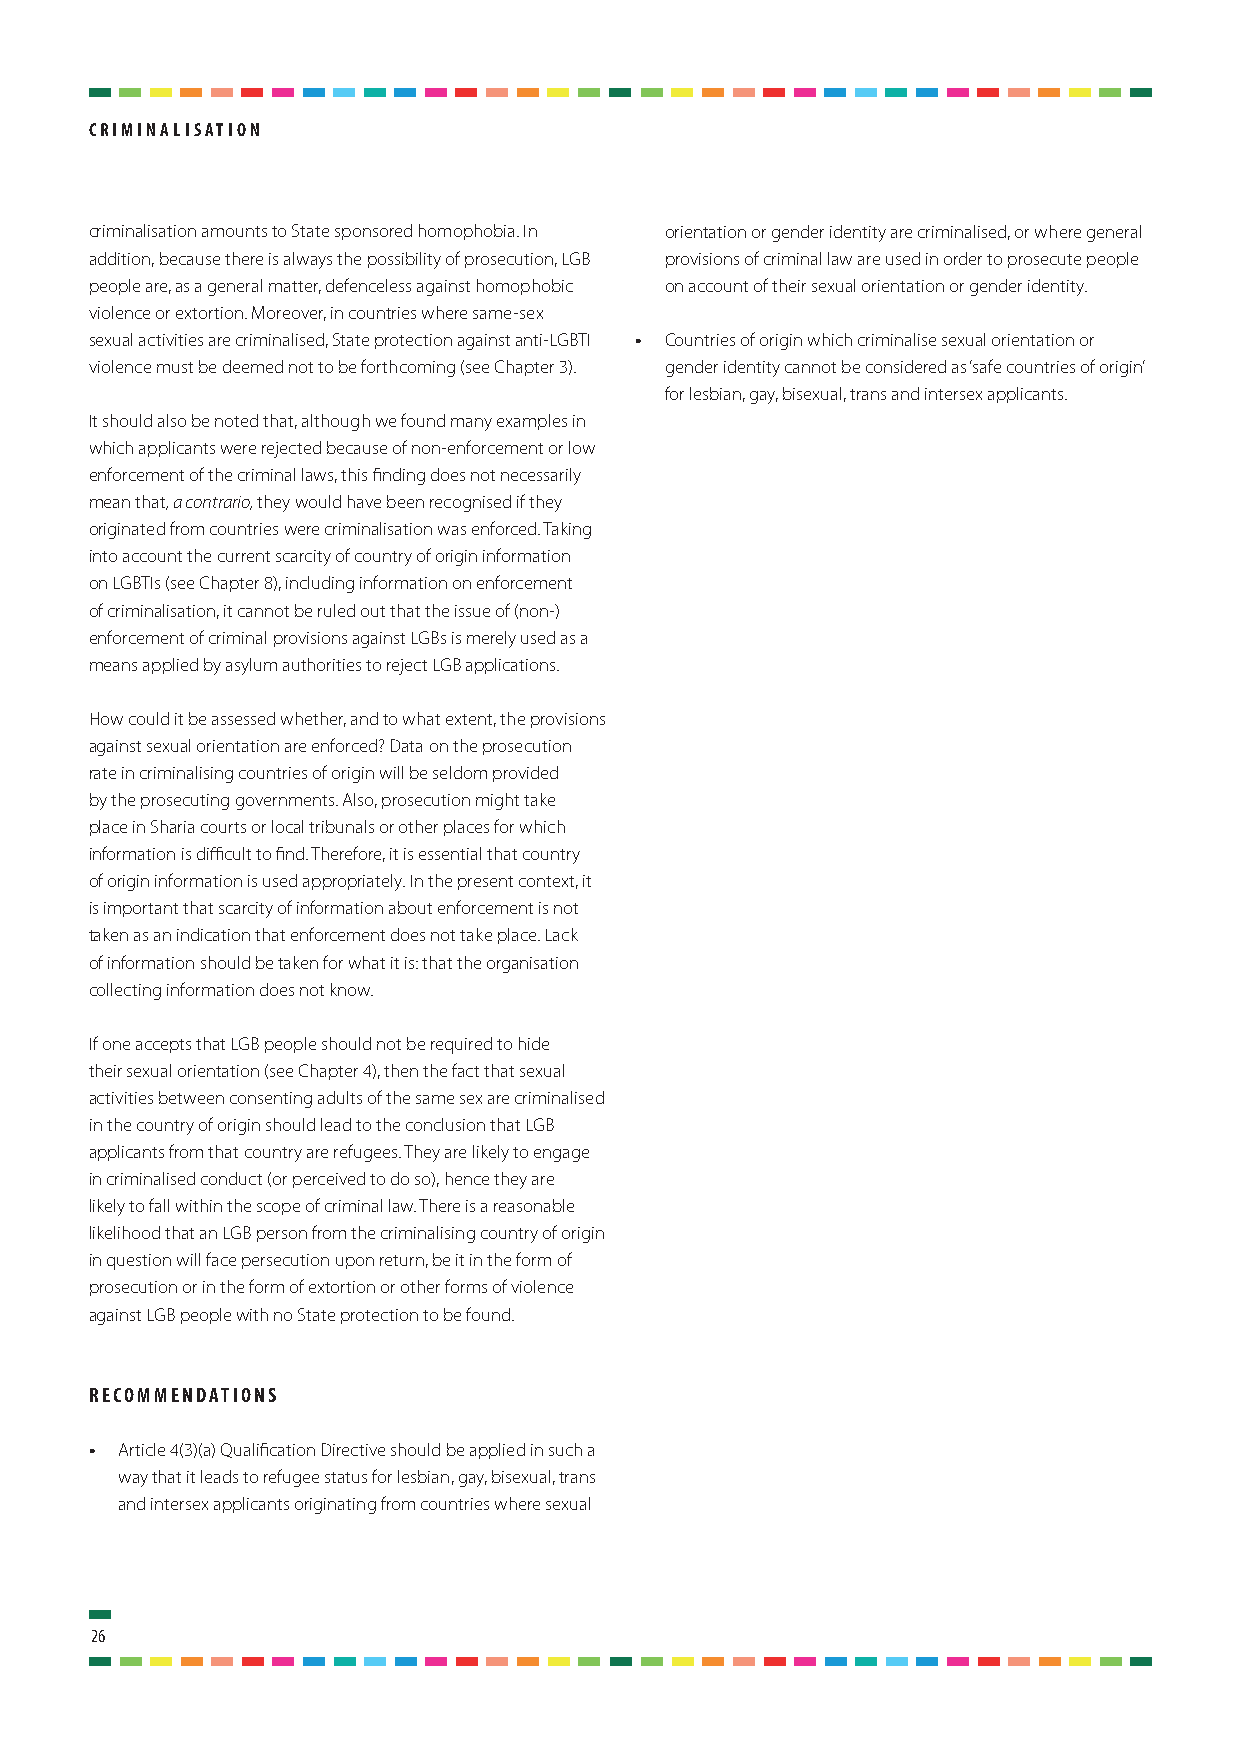
criminaliSation
 criminalisation amounts to State sponsored homophobia. In orientation or gender identity are criminalised, or where general
 addition, because there is always the possibility of prosecution, LGB provisions of criminal law are used in order to prosecute people
 people are, as a general matter, defenceless against homophobic on account of their sexual orientation or gender identity.
 violence or extortion. Moreover, in countries where same-sex
 sexual activities are criminalised, State protection against anti-LGBTI • Countries of origin which criminalise sexual orientation or
 violence must be deemed not to be forthcoming (see Chapter 3). gender identity cannot be considered as ‘safe countries of origin’
 for lesbian, gay, bisexual, trans and intersex applicants.
 It should also be noted that, although we found many examples in
 which applicants were rejected because of non-enforcement or low
 enforcement of the criminal laws, this finding does not necessarily
 mean that, a contrario, they would have been recognised if they
 originated from countries were criminalisation was enforced. Taking
 into account the current scarcity of country of origin information
 on LGBTIs (see Chapter 8), including information on enforcement
 of criminalisation, it cannot be ruled out that the issue of (non-)
 enforcement of criminal provisions against LGBs is merely used as a
 means applied by asylum authorities to reject LGB applications.
 How could it be assessed whether, and to what extent, the provisions
 against sexual orientation are enforced? Data on the prosecution
 rate in criminalising countries of origin will be seldom provided
 by the prosecuting governments. Also, prosecution might take
 place in Sharia courts or local tribunals or other places for which
 information is difficult to find. Therefore, it is essential that country
 of origin information is used appropriately. In the present context, it
 is important that scarcity of information about enforcement is not
 taken as an indication that enforcement does not take place. Lack
 of information should be taken for what it is: that the organisation
 collecting information does not know.
 If one accepts that LGB people should not be required to hide
 their sexual orientation (see Chapter 4), then the fact that sexual
 activities between consenting adults of the same sex are criminalised
 in the country of origin should lead to the conclusion that LGB
 applicants from that country are refugees. They are likely to engage
 in criminalised conduct (or perceived to do so), hence they are
 likely to fall within the scope of criminal law. There is a reasonable
 likelihood that an LGB person from the criminalising country of origin
 in question will face persecution upon return, be it in the form of
 prosecution or in the form of extortion or other forms of violence
 against LGB people with no State protection to be found.
 rEcommEndationS
 • Article 4(3)(a) Qualification Directive should be applied in such a
 way that it leads to refugee status for lesbian, gay, bisexual, trans
 and intersex applicants originating from countries where sexual
 26